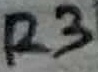
Text: R3